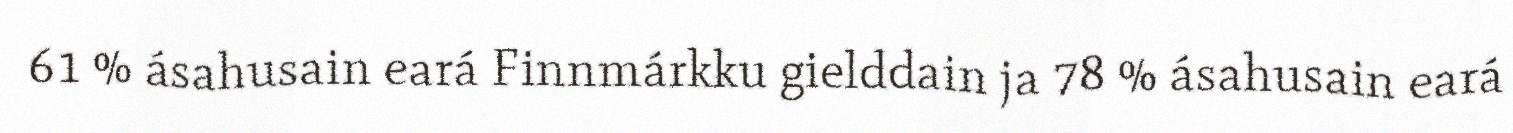
61 % ásahusain eará Finnmárkku gielddain ja 78 % ásahusain eará